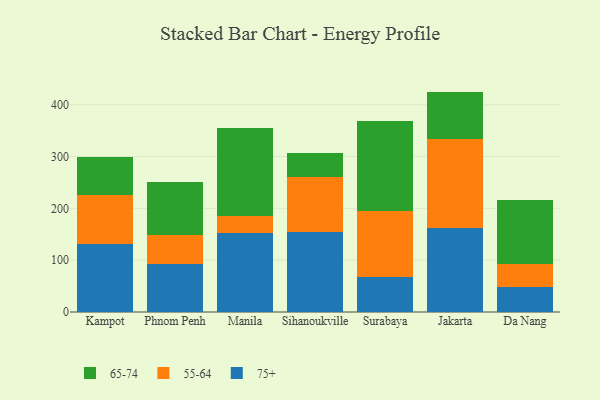
{"axis": {"x": "City", "y": "Waste Production (Tons)"}, "legend": ["55-64", "65-74", "75+"], "data": [{"x": "Kampot", "y": 131.7, "type": "75+"}, {"x": "Kampot", "y": 94.7, "type": "55-64"}, {"x": "Kampot", "y": 73.0, "type": "65-74"}, {"x": "Phnom Penh", "y": 93.4, "type": "75+"}, {"x": "Phnom Penh", "y": 54.8, "type": "55-64"}, {"x": "Phnom Penh", "y": 101.7, "type": "65-74"}, {"x": "Manila", "y": 152.1, "type": "75+"}, {"x": "Manila", "y": 32.3, "type": "55-64"}, {"x": "Manila", "y": 171.0, "type": "65-74"}, {"x": "Sihanoukville", "y": 153.8, "type": "75+"}, {"x": "Sihanoukville", "y": 106.4, "type": "55-64"}, {"x": "Sihanoukville", "y": 45.6, "type": "65-74"}, {"x": "Surabaya", "y": 66.9, "type": "75+"}, {"x": "Surabaya", "y": 128.4, "type": "55-64"}, {"x": "Surabaya", "y": 174.1, "type": "65-74"}, {"x": "Jakarta", "y": 161.3, "type": "75+"}, {"x": "Jakarta", "y": 172.7, "type": "55-64"}, {"x": "Jakarta", "y": 91.2, "type": "65-74"}, {"x": "Da Nang", "y": 49.2, "type": "75+"}, {"x": "Da Nang", "y": 42.9, "type": "55-64"}, {"x": "Da Nang", "y": 123.3, "type": "65-74"}]}